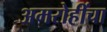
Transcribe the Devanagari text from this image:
अमरोहींचा